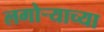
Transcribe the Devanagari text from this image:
लगोर्‍याच्या